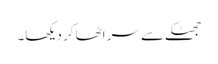
جھٹکے سے سر اٹھا کر دیکھا۔